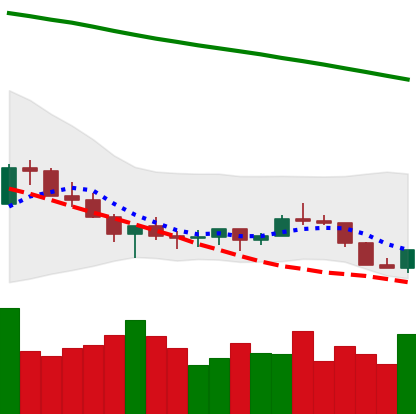
Ticker: XLM-USD
Chart end date: 2022-07-13
Forward return: 8.594%
Label: up_7plus